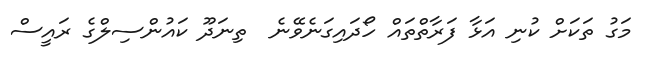
މަގު ތަކަށް ކުނި އަޅާ ފަރާތްތައް ހޯދައިގަނެވޭނެ  ތިނަދޫ ކައުންސިލްގެ ރައީސް